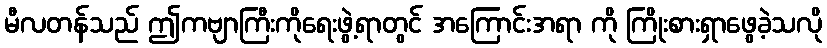
မီလတန်သည် ဤကဗျာကြီးကိုရေးဖွဲ့ရာတွင် အကြောင်းအရာ ကို ကြိုးစားရှာဖွေခဲ့သလို